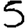
Digit: 5